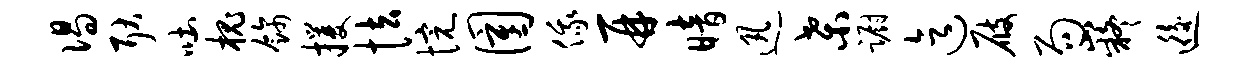
偈耿吐槐饰攫怯惋圉俄再暗迅桑蹰迄屐局嶷逅